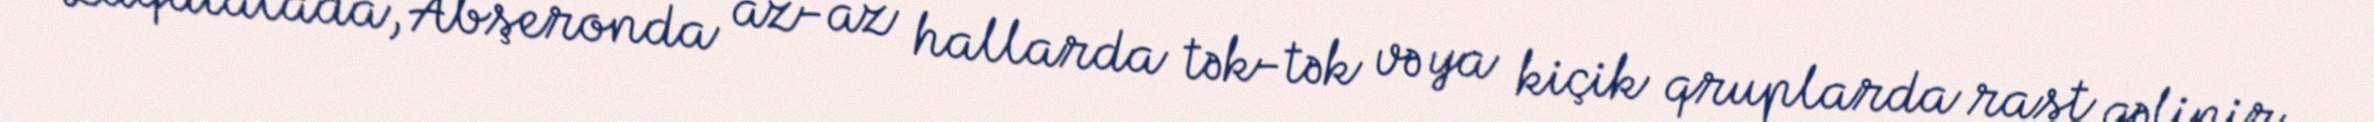
Zaqatalada, Abşeronda az-az hallarda tək-tək və ya kiçik qruplarda rast gəlinir.